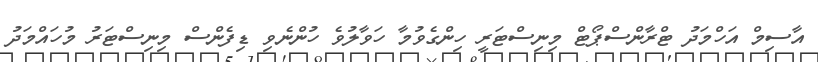
އާސިމް އަހްމަދު ޓްރާންސްޕޯޓް މިނިސްޓަރީ ހިންގެވުމާ ހަވާލުވެ ހުންނެވި ޑިފެންސް މިނިސްޓަރު މުހައްމަދު